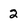
Character: 2